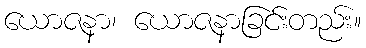
ယောဇနာ၊ ယောဇနာခြင်းတည်း။